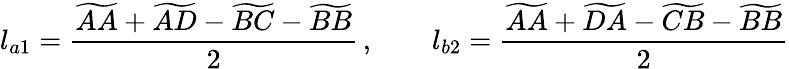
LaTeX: l_{a1}=\frac{\widetilde{AA}+\widetilde{AD}-\widetilde{BC}-\widetilde{BB}}{2}\, ,\qquad l_{b2}=\frac{\widetilde{AA}+\widetilde{DA}-\widetilde{CB}-\widetilde{BB}}{2}